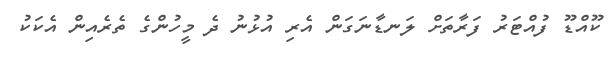
ކޫއްޑޫ ފުއްޓަރު ފަރާތަށް ލަނޑާނަގަން އެރި އުޅުނު ދެ މީހުންގެ ތެރެއިން އެކަކު